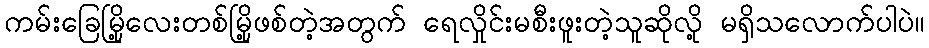
ကမ်းခြေမြို့လေးတစ်မြို့ဖစ်တဲ့အတွက် ရေလှိုင်းမစီးဖူးတဲ့သူဆိုလို့ မရှိသလောက်ပါပဲ။